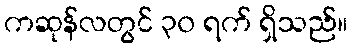
ကဆုန်လတွင် ၃၀ ရက် ရှိသည်။